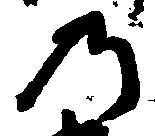
乃